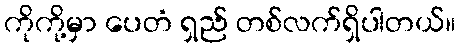
ကိုကို့မှာ ပေတံ ရှည် တစ်လက်ရှိပါတယ်။